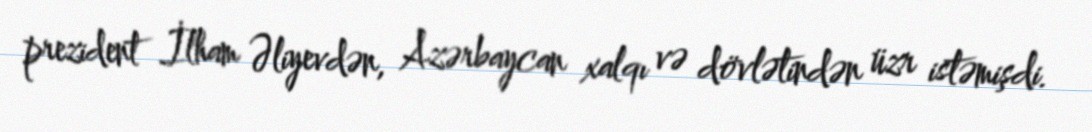
prezident İlham Əliyevdən, Azərbaycan xalqı və dövlətindən üzr istəmişdi.